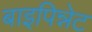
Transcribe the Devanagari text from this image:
बाइपिन्नेट